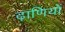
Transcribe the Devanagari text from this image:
ढ़ाणियों